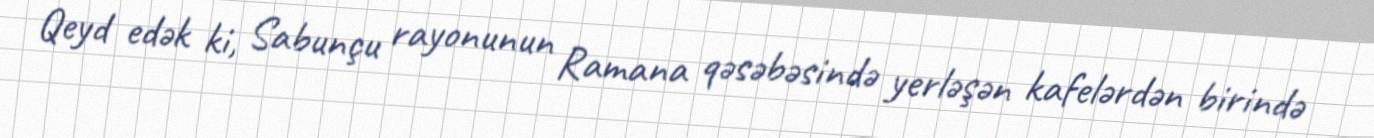
Qeyd edək ki, Sabunçu rayonunun Ramana qəsəbəsində yerləşən kafelərdən birində